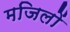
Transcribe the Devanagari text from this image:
मजिलों